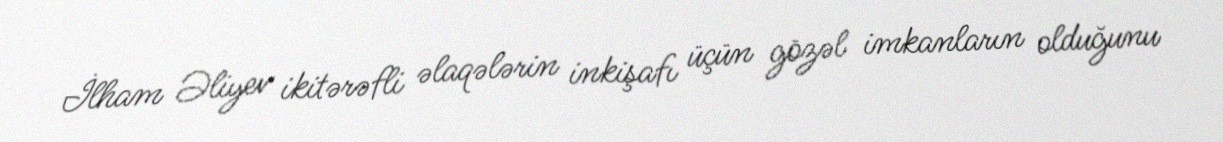
İlham Əliyev ikitərəfli əlaqələrin inkişafı üçün gözəl imkanların olduğunu